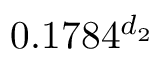
0 . 1 7 8 4 ^ { d _ { 2 } }